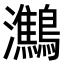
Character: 𪇶